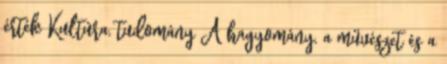
érték Kultúra, tudomány A hagyomány, a művészet és a